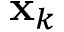
\mathbf { x } _ { k }